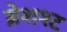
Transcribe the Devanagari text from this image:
ब्रेशश्ट